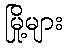
မြို့များ